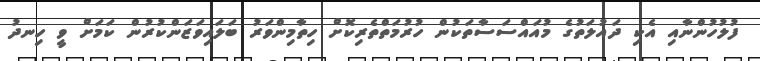
ފުލުހުންނާއި އެކި ދައުލަތުގެ މުއައްސަސާތަކުން ހުރުމަތްތެރިކޮށް ހިތާމިންވަރު ބަލައިވަޒަންކުރުން ކަމަށް ވީ ހިނދު